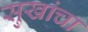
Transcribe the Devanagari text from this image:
सुखांचा